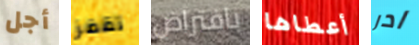
أجل تقفز بافتراض أعطاها ادر